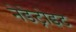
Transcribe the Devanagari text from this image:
नेडेट्रोइट